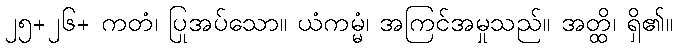
၂၅+၂၆+ ကတံ၊ ပြုအပ်သော။ ယံကမ္မံ၊ အကြင်အမှုသည်။ အတ္ထိ၊ ရှိ၏။